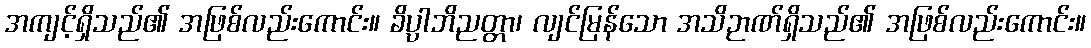
အကျင့်ရှိသည်၏ အဖြစ်လည်းကောင်း။ ခိပ္ပါဘိညတ္တာ၊ လျင်မြန်သော အသိဉာဏ်ရှိသည်၏ အဖြစ်လည်းကောင်း။